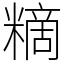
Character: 䊞